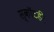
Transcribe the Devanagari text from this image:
स्कॉटही